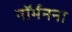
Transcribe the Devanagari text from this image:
नॉर्मनना